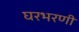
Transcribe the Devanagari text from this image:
घरभरणी